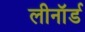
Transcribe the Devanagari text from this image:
लीनॉर्ड